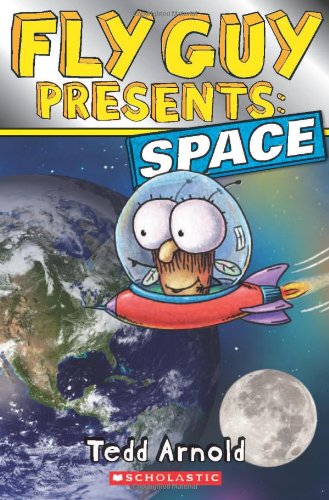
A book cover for Fly Guy Presents: Space; Tedd Arnold; Children's Books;